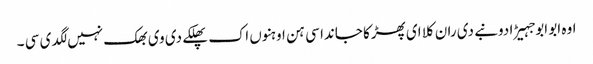
اوہ ابو ابو جہیڑا دونبے دی ران کلا ای پھڑکا جاندا سی ہن اوہنوں اک پھلکے دی وی بھک نہیں لگدی سی ۔